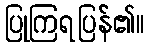
ပြုကြရပြန်၏။